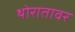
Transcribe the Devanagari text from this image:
थोरातावर